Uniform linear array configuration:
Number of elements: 64
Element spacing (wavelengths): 0.25
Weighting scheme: kaiser
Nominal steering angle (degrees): -15
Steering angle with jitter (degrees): -16.341
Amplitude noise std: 0.05
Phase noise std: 0.05

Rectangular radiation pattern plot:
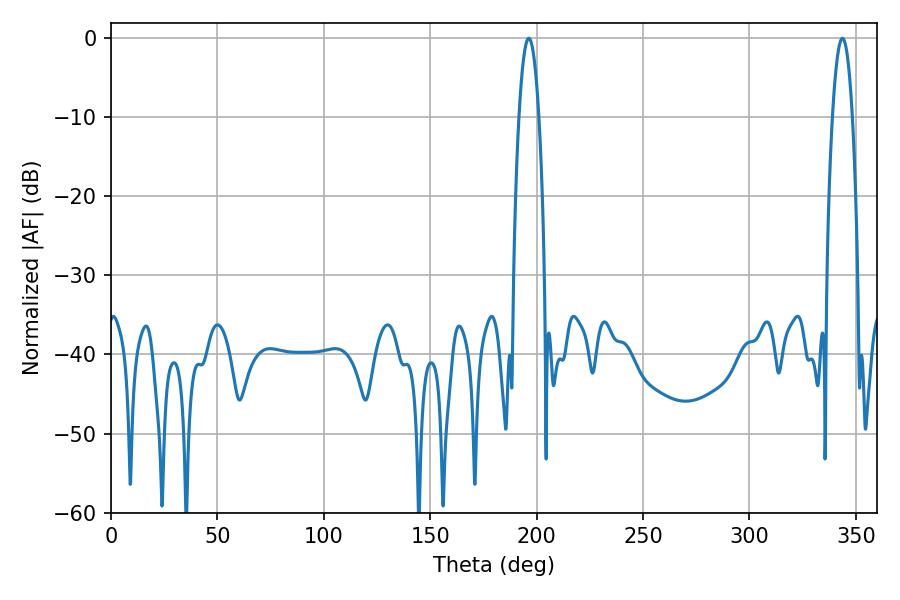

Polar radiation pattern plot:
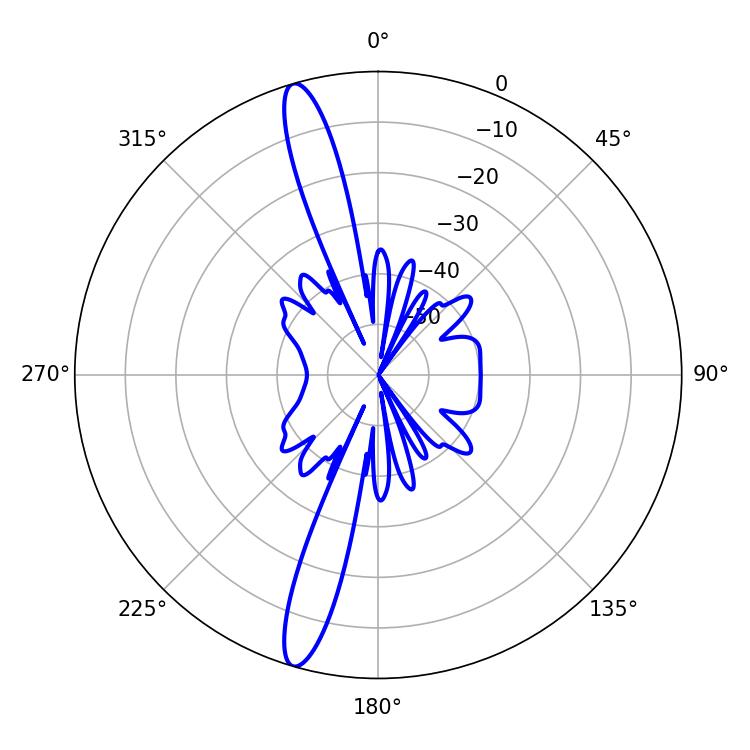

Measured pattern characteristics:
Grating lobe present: FALSE
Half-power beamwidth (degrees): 5.22
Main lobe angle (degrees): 196.38